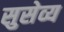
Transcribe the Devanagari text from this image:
सुसेव्य